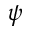
\psi